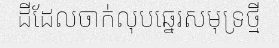
ដីដែលចាក់លុបឆ្នេរសមុទ្រថ្មី